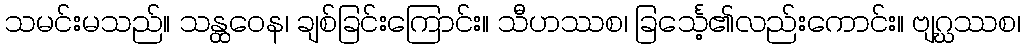
သမင်းမသည်။ သန္ထဝေန၊ ချစ်ခြင်းကြောင်း။ သီဟဿစ၊ ခြင်္သေ့၏လည်းကောင်း။ ဗျဂ္ဃဿစ၊